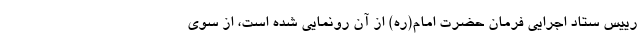
رییس ستاد اجرایی فرمان حضرت امام(ره) از آن رونمایی شده است، از سوی